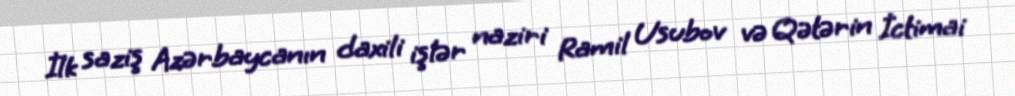
İlk saziş Azərbaycanın daxili işlər naziri Ramil Usubov və Qətərin İctimai